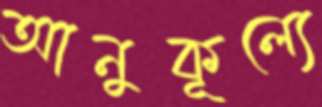
আনুকূল্যে